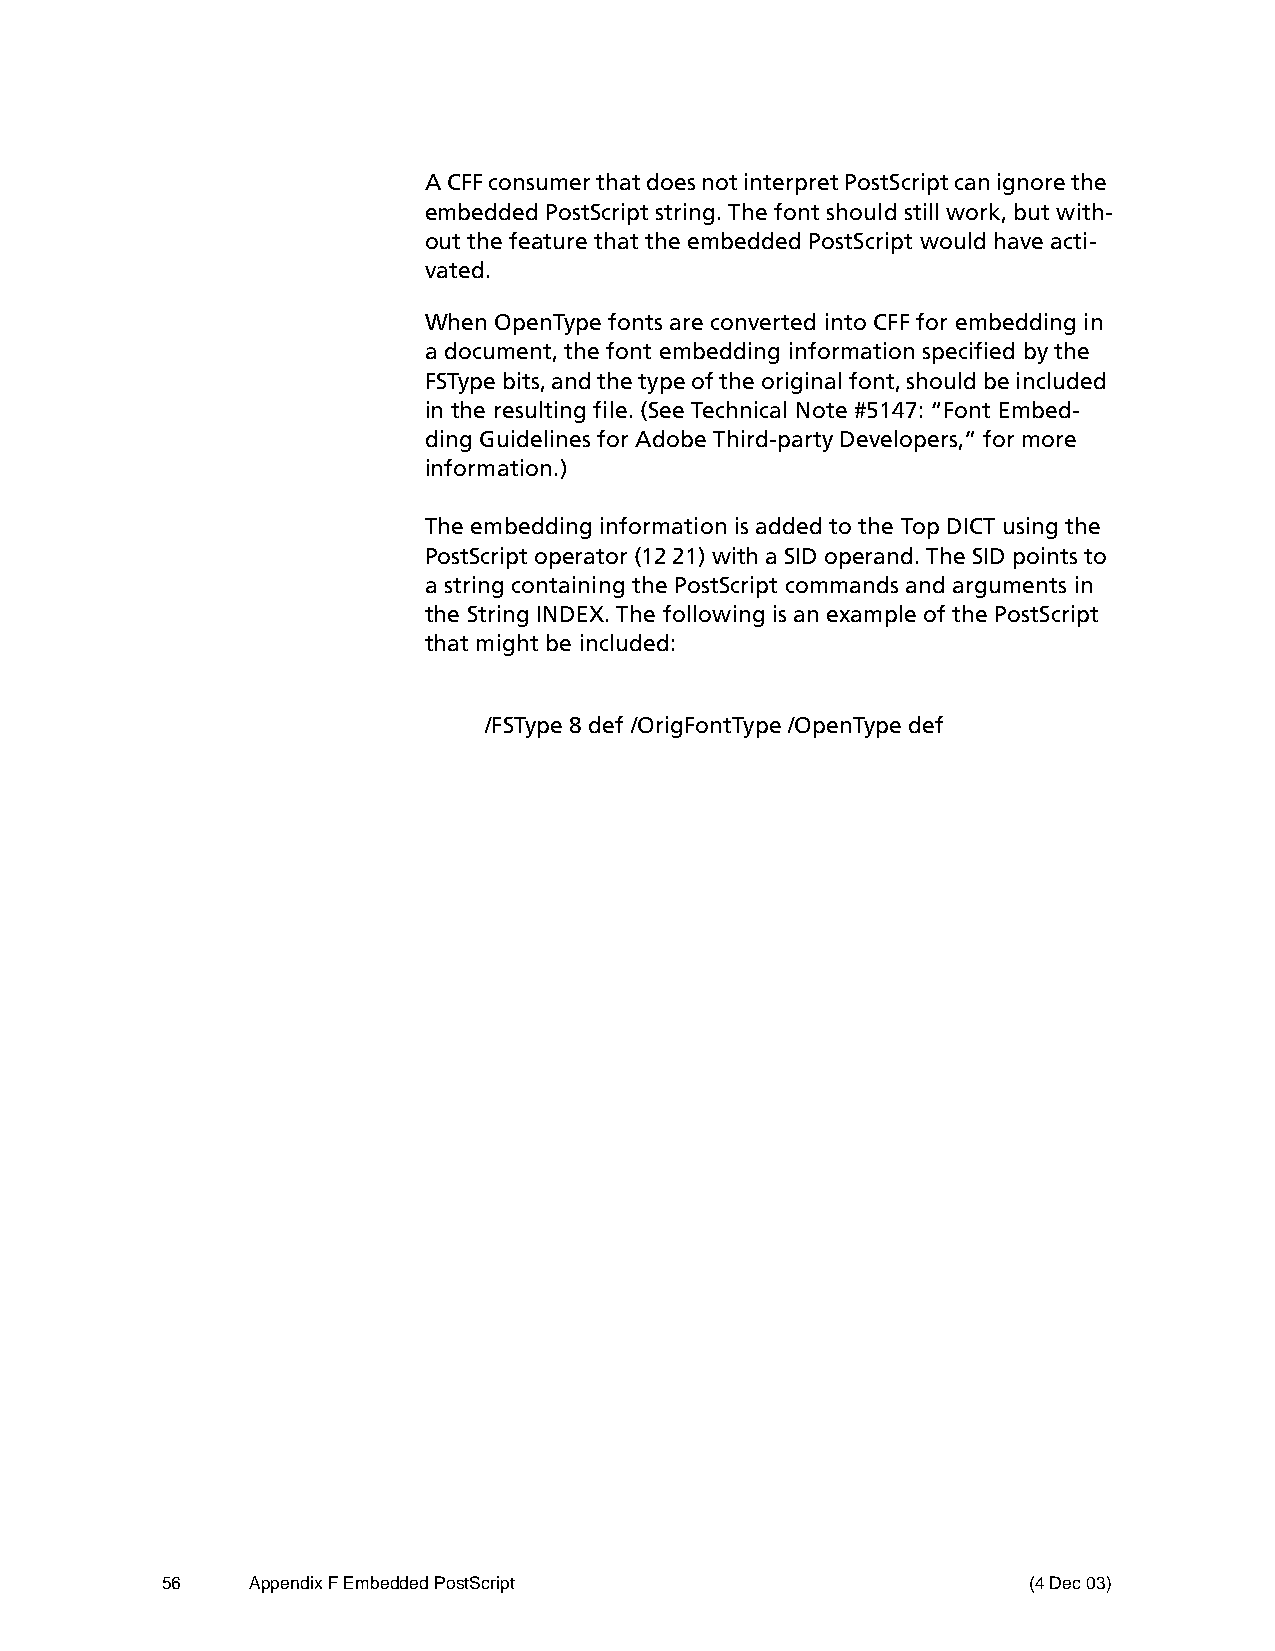
A CFF consumer that does not interpret PostScript can ignore the
 embedded PostScript string. The font should still work, but with-
 out the feature that the embedded PostScript would have acti-
 vated.
 When OpenType fonts are converted into CFF for embedding in
 a document, the font embedding information specified by the
 FSType bits, and the type of the original font, should be included
 in the resulting file. (See Technical Note #5147: “Font Embed-
 ding Guidelines for Adobe Third-party Developers,” for more
 information.)
 The embedding information is added to the Top DICT using the
 PostScript operator (12 21) with a SID operand. The SID points to
 a string containing the PostScript commands and arguments in
 the String INDEX. The following is an example of the PostScript
 that might be included:
 /FSType 8 def /OrigFontType /OpenType def
 56    Appendix F Embedded PostScript                     (4 Dec 03)